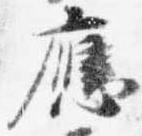
応